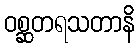
ဝစ္ဆတရသတာနိ